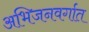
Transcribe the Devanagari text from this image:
अभिजनवर्गात